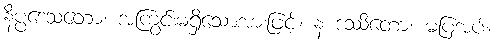
နိပ္ပဒေသတော၊ အကြွင်းမရှိသောအားဖြင့်။ န ဒဿိတော၊ မပြအပ်။